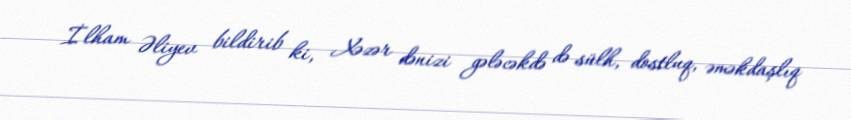
İlham Əliyev bildirib ki, Xəzər dənizi gələcəkdə də sülh, dostluq, əməkdaşlıq